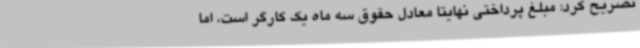
تصریح کرد: مبلغ پرداختی نهایتا معادل حقوق سه ماه یک کارگر است، اما